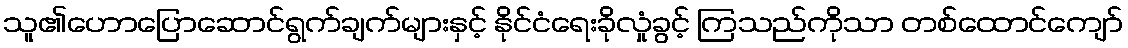
သူ၏ဟောပြောဆောင်ရွက်ချက်များနှင့် နိုင်ငံရေးခိုလှုံခွင့် ကြသည်ကိုသာ တစ်ထောင်ကျော်